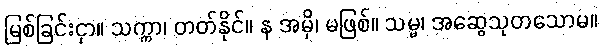
မြစ်ခြင်းငှာ။ သက္ကာ၊ တတ်နိုင်။ န အမှိ၊ မဖြစ်။ သမ္မ၊ အဆွေသုတသောမ။